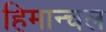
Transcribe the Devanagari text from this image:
हिमान्चल